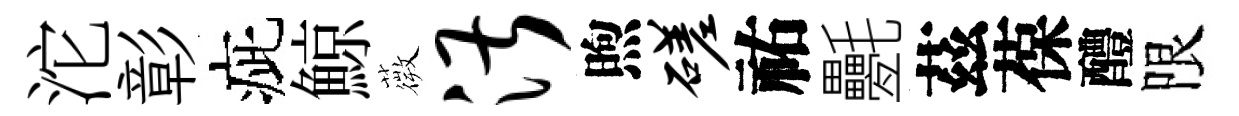
沱彰疵鯨薇湛煦磋祐氎茲葆醴限